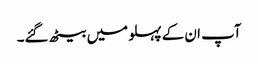
آپ ان کے پہلو میں بیٹھ گئے۔